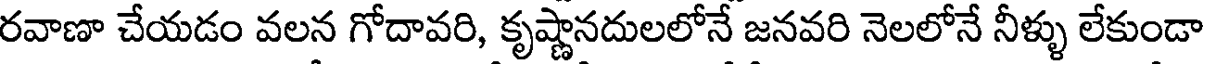
రవాణా చేయడం వలన గోదావరి, కృష్ణానదులలోనే జనవరి నెలలోనే నీళ్ళు లేకుండా